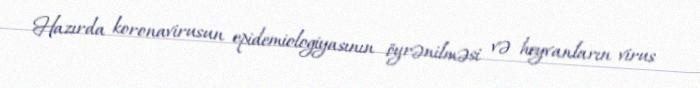
Hazırda koronavirusun epidemiologiyasının öyrənilməsi və heyvanların virus